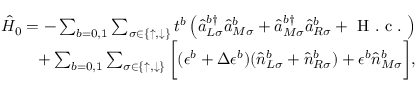
\begin{array} { r } { \hat { H } _ { 0 } = - \sum _ { b = 0 , 1 } \sum _ { \sigma \in \{ \uparrow , \downarrow \} } t ^ { b } \left( \hat { a } _ { L \sigma } ^ { b \dagger } \hat { a } _ { M \sigma } ^ { b } + \hat { a } _ { M \sigma } ^ { b \dagger } \hat { a } _ { R \sigma } ^ { b } + \mathrm { ~ H ~ . ~ c ~ . ~ } \right) } \\ { + \sum _ { b = 0 , 1 } \sum _ { \sigma \in \{ \uparrow , \downarrow \} } \bigg [ ( \epsilon ^ { b } + \Delta \epsilon ^ { b } ) ( \hat { n } _ { L \sigma } ^ { b } + \hat { n } _ { R \sigma } ^ { b } ) + \epsilon ^ { b } \hat { n } _ { M \sigma } ^ { b } \bigg ] , } \end{array}